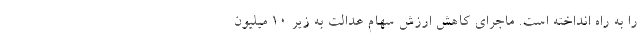
را به راه انداخته است. ماجرای کاهش ارزش سهام عدالت به زیر ۱۰ میلیون